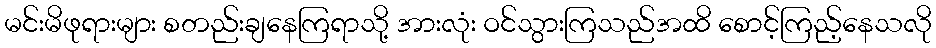
မင်းမိဖုရားများ စတည်းချနေကြရာသို့ အားလုံး ဝင်သွားကြသည်အထိ စောင့်ကြည့်နေသလို